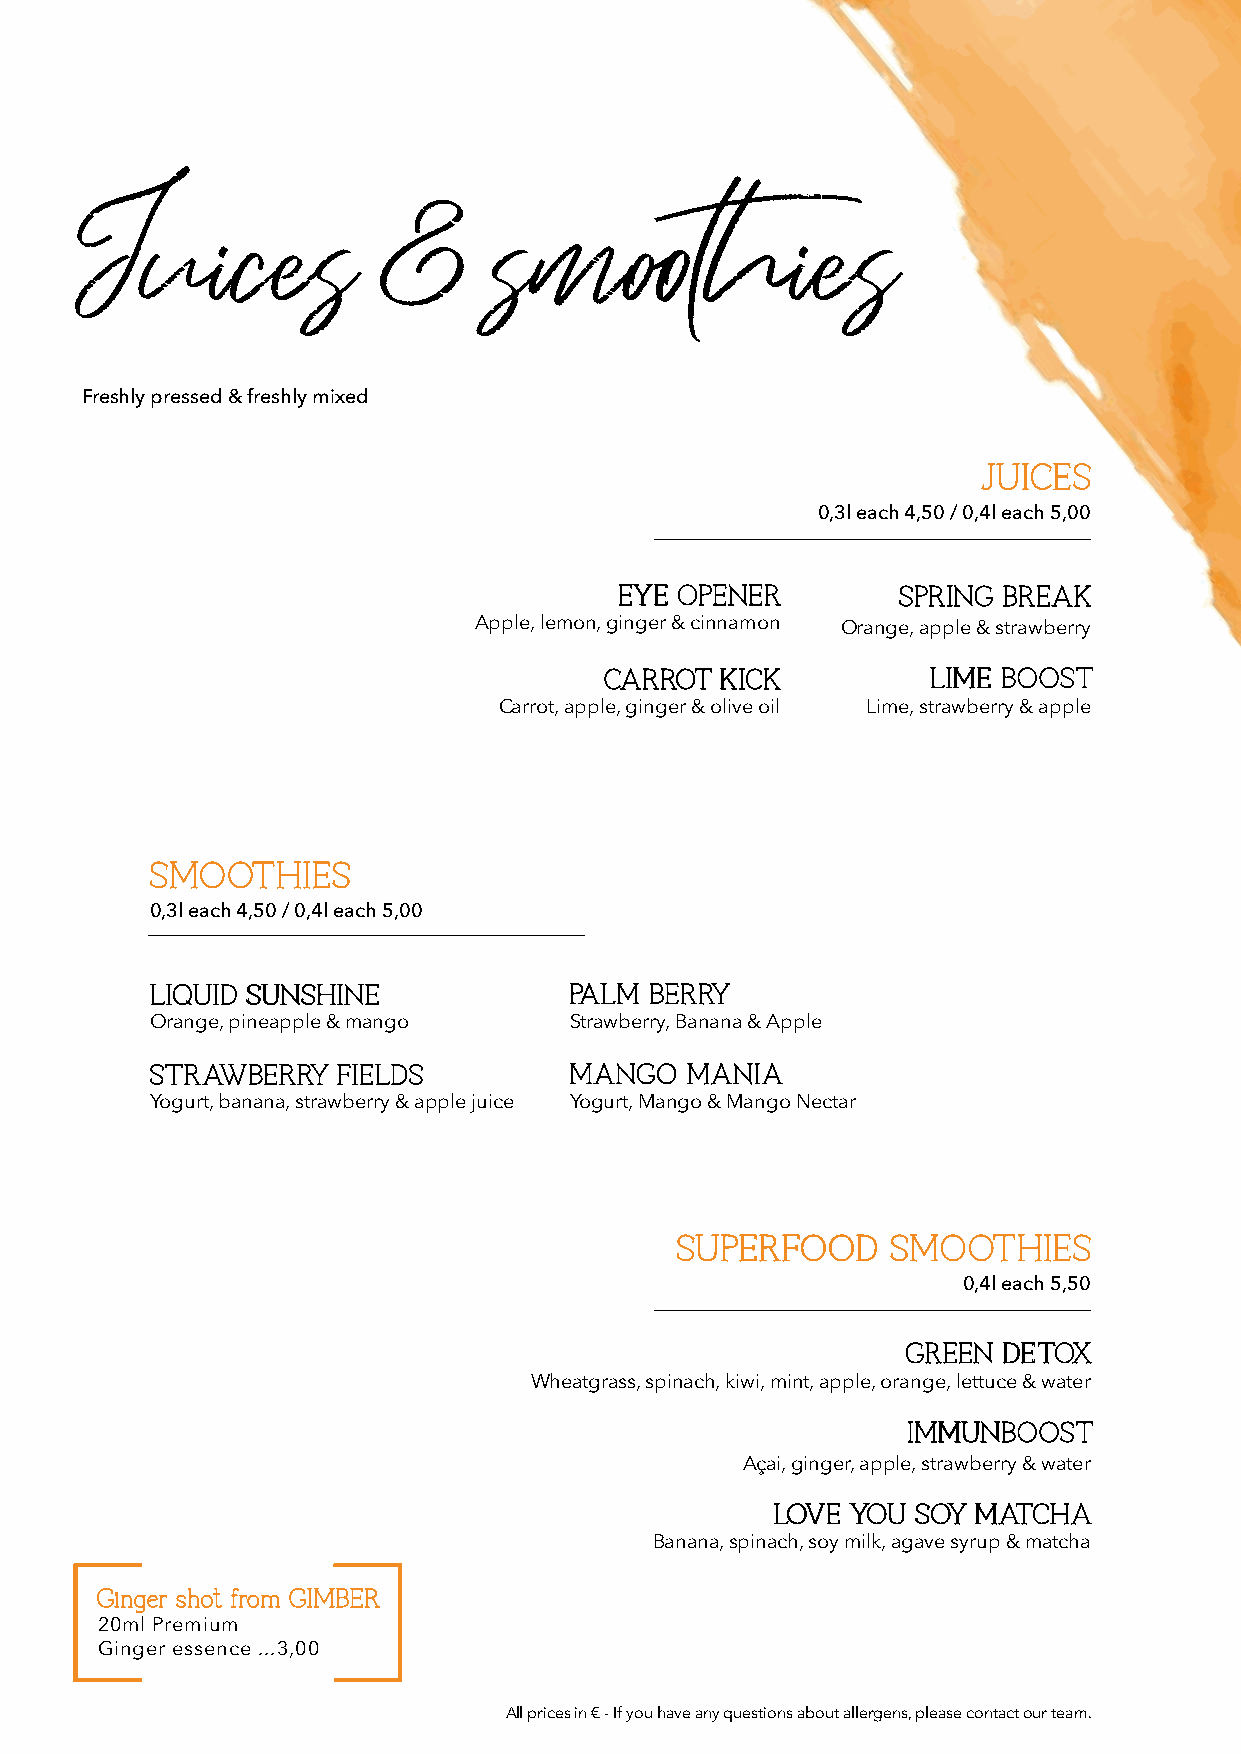
Juices              &       smoothies
 Freshly pressed & freshly mixed
 JJUUIICCEESS
 0,3l each 4,50 / 0,4l each 5,00
 EEYYEE OOPPEENNEERR SSPPRRIINNGG BBRREEAAKK
 Apple, lemon, ginger & cinnamon Orange, apple & strawberry
 CCAARRRROOTT KKIICCKK LLIIMMEE BBOOOOSSTT
 Carrot, apple, ginger & olive oil Lime, strawberry & apple
 SSMMOOOOTTHHIIEESS
 0,3l each 4,50 / 0,4l each 5,00
 LLIIQQUUIIDD SSUUNNSSHHIINNEE PPAALLMM BBEERRRRYY
 Orange, pineapple & mango   Strawberry, Banana & Apple
 SSTTRRAAWWBBEERRRRYY FFIIEELLDDSS MMAANNGGOO MMAANNIIAA
 Yogurt, banana, strawberry & apple juice Yogurt, Mango & Mango Nectar
 SSUUPPEERRFFOOOODD SSMMOOOOTTHHIIEESS
 0,4l each 5,50
 GGRREEEENN DDEETTOOXX
 Wheatgrass, spinach, kiwi, mint, apple, orange, lettuce & water
 IIMMMMUUNNBBOOOOSSTT
 Açai, ginger, apple, strawberry & water
 LLOOVVEE YYOOUU SSOOYY MMAATTCCHHAA
 Banana, spinach, soy milk, agave syrup & matcha
 GGiinnggeerr sshhoott ffrroomm GGIIMMBBEERR
 20ml Premium
 Ginger essence ...3,00
 All prices in € - If you have any questions about allergens, please contact our team.